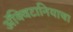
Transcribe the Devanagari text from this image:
ॲक्विटानियाचा